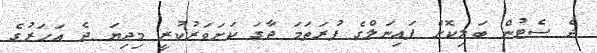
ދެ ސެޓުން ބަލިކޮށް ފައިނަލްގެ ފުރަތަމަ ޖާގަ ކަށަވަރުކުރީ މިދިޔަ ދެ އަހަރުގެ